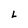
Character: L